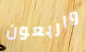
واربعون